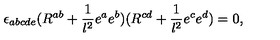
\epsilon _ { a b c d e } ( R ^ { a b } + { \frac { 1 } { l ^ { 2 } } } e ^ { a } e ^ { b } ) ( R ^ { c d } + { \frac { 1 } { l ^ { 2 } } } e ^ { c } e ^ { d } ) = 0 ,